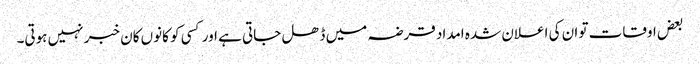
بعض اوقات تو ان کی اعلان شدہ امداد قرضہ میں ڈھل جاتی ہے اور کسی کو کانوں کان خبر نہیں ہوتی۔